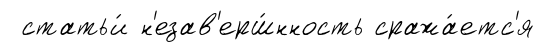
статьи́ н'езав'ерш́нность сража́етс'я